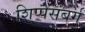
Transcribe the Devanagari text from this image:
शिप्पेसंबर्ग